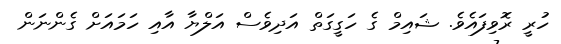
ހުރީ ރޮވިފައެވެ. ޝައިމް ގެ ހަގީގަތް އަދިވެސް އަލްޔާ އާއި ހަމައަށް ގެންނަން